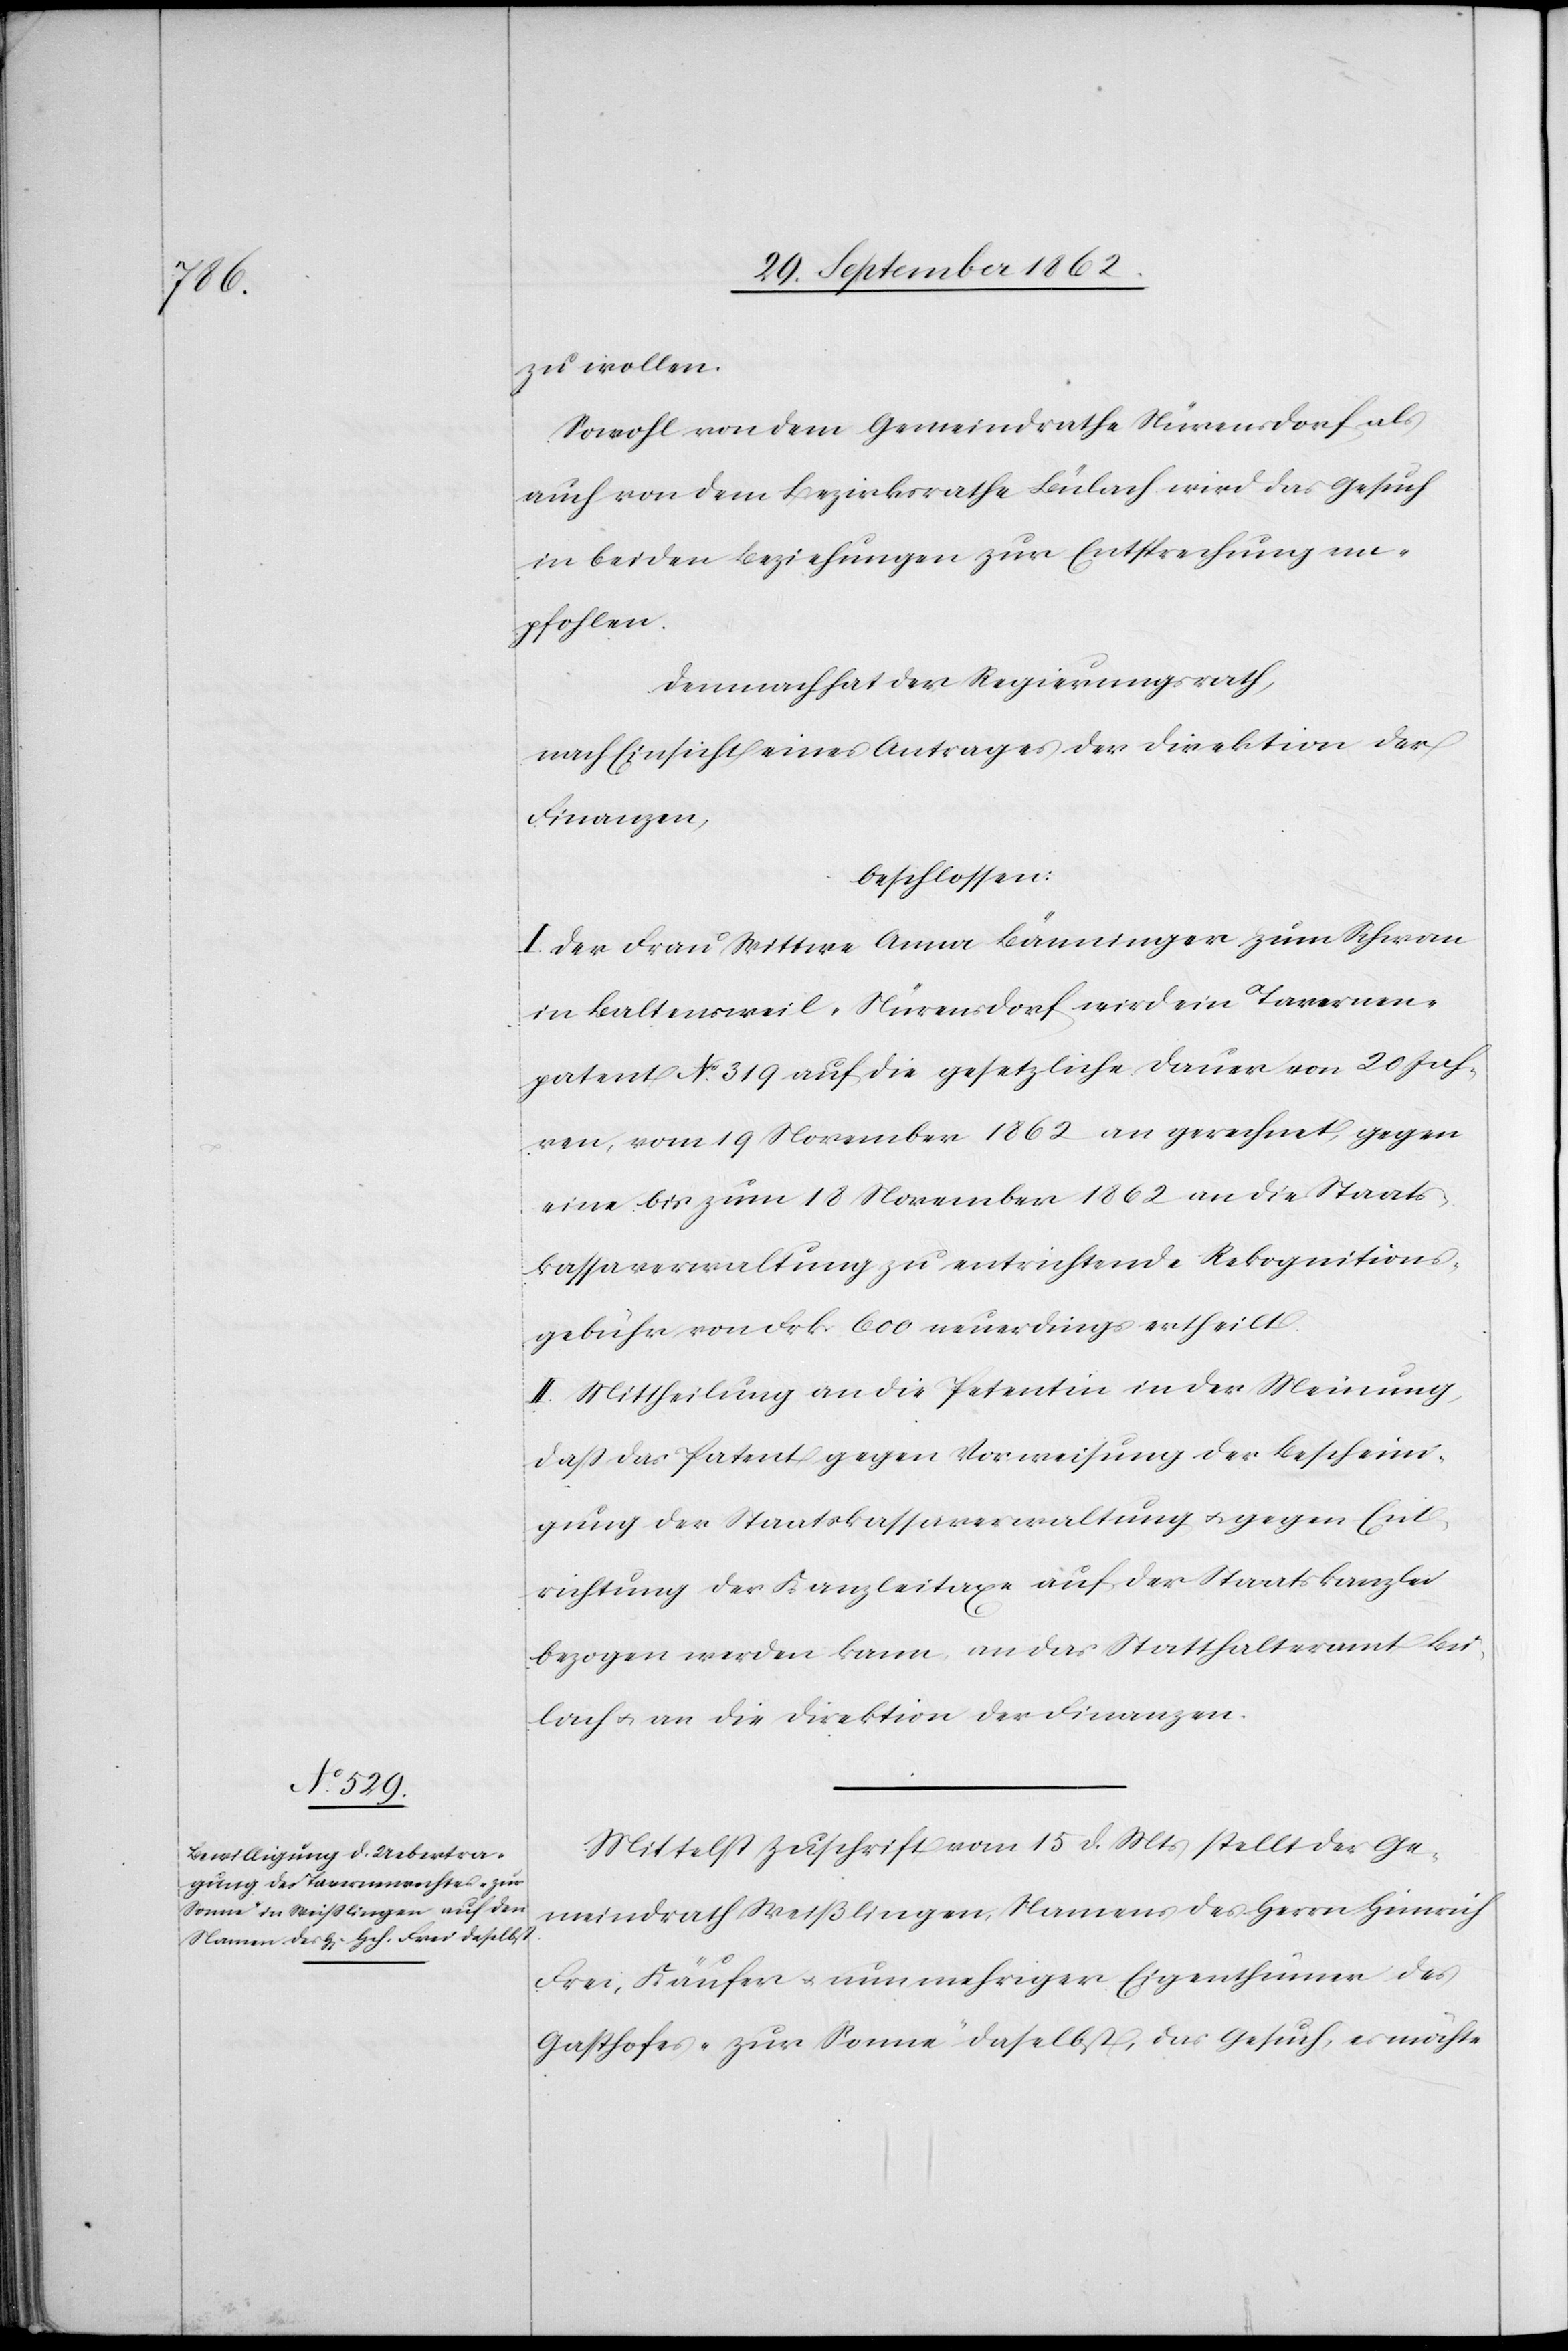
zu wollen.
Sowohl von dem Gemeindrathe Nürensdorf als
auch von dem Bezirksrathe Bülach wird das Gesuch
in beiden Beziehungen zur Entsprechung em¬
pfohlen.
Demnach hat der Regierungsrath,
nach Einsicht eines Antrages der Direktion der
Finanzen,
beschlossen:
I. Der Frau Wittwe Anna Bänninger zum Schwan
in Baltensweil-Nürensdorf wird ein Tavernen¬
patent No 319 auf die gesetzliche Dauer von 20 Jah¬
ren, vom 19. November 1862 an gerechnet gegen
eine bis zum 18. November an die Staats¬
kassaverwaltung zu entrichtende Rekognitions¬
gebühr von Frk. 600 neuerdings ertheilt.
II. Mittheilung an die Petentin in der Meinung,
daß das Patent gegen Vorweisung der Bescheini¬
gung der Staatskassaverwaltung u. gegen Ent¬
richtung der Kanzleitaxe auf der Staatskanzlei
bezogen werden kann, an das Statthalteramt Bü¬
lach u. an die Direktion der Finanzen.
Mittelst Zuschrift vom 15. d. Mts. stellt der Ge¬
meindrath Weißlingen, Namens des Herrn Heinrich
Frei, Käufer u. nunmehriger Eigenthümer des
Gasthofes „zur Sonne“ daselbst, das Gesuch, es möchte